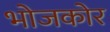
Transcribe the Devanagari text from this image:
भोजकोर